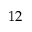
1 2